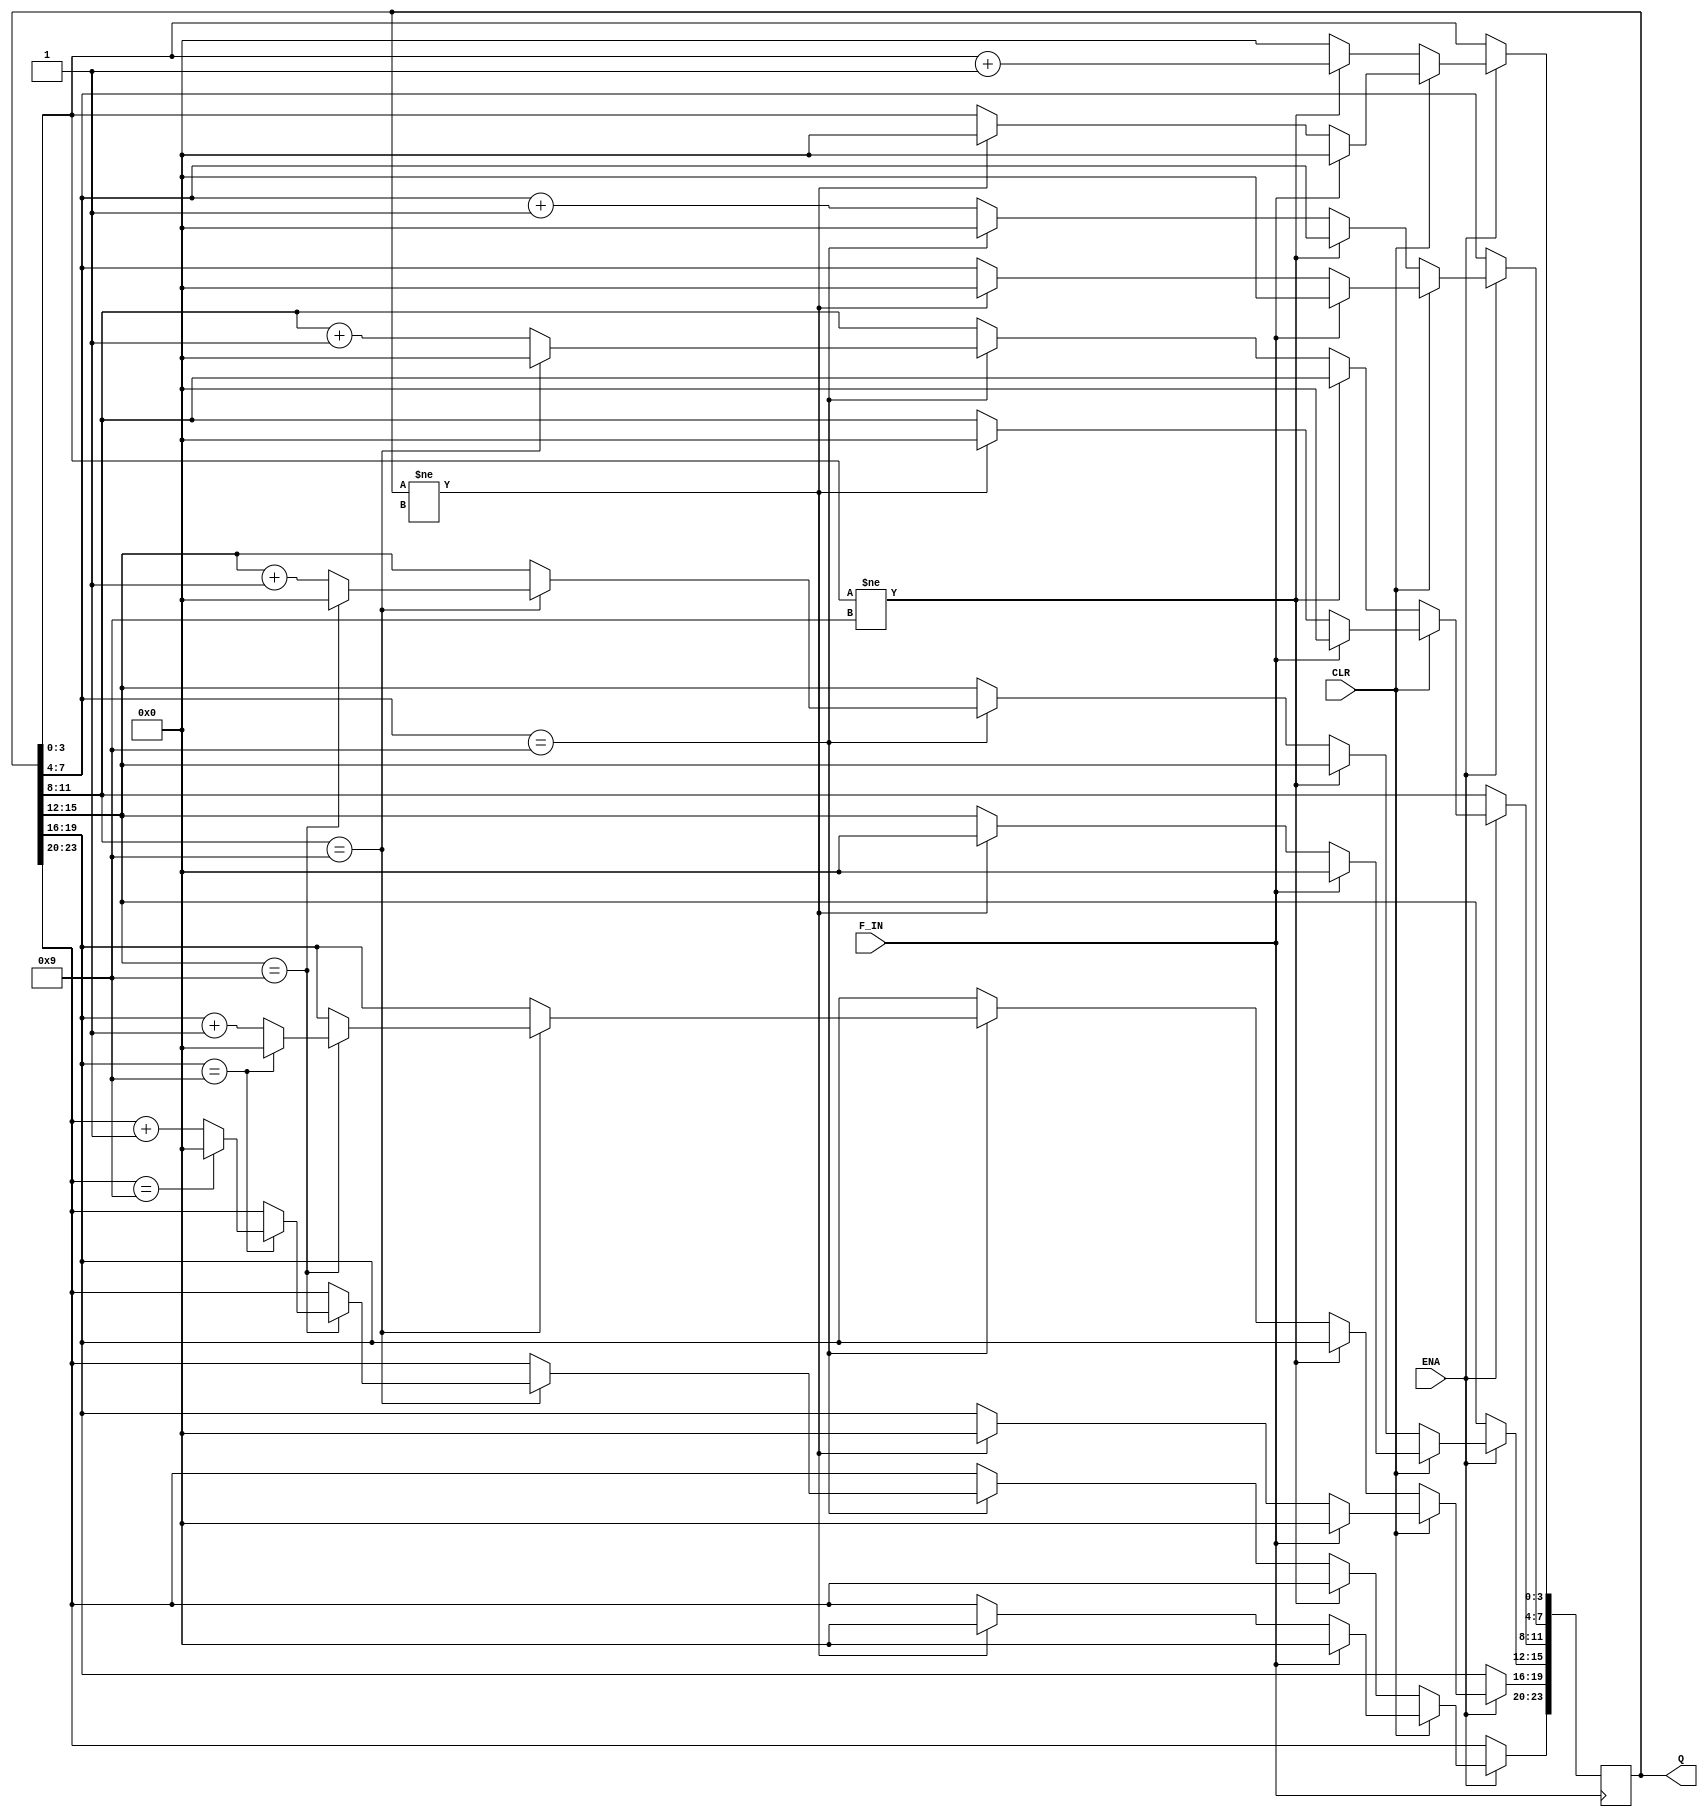
module counter6bit_test(ENA,CLR,F_IN,Q);
    input ENA;
    input CLR;
    input F_IN;
    output [23:0] Q;  
    
   
    reg [23:0] Q;
    reg F_OUT;
    


		

always@(posedge F_IN)
if(ENA)begin
if(CLR)begin
if(Q!=24'bxxxxxxxxxxxxxxxxxxxxxxxx) Q<=0;
if(F_IN) Q<=0;
end
else begin
      if(Q[3:0] != 4'd9)
                Q[3:0] <= Q[3:0]+1;
        else begin
          Q[7:4] <= Q[7:4]+1;
        Q[3:0] <= 0;
                if(Q[7:4] == 4'd9)begin
                    Q[7:4] <= 0;
                    Q[11:8] <= Q[11:8]+1;
                    if(Q[11:8] == 4'd9)begin
                        Q[11:8] <= 0;
                        Q[15:12] <= Q[15:12]+1;
                        if(Q[15:12] == 4'd9)begin
                            Q[15:12] <= 0;
                            Q[19:16] <= Q[19:16]+1;
                            if(Q[19:16] == 4'd9)begin 
                                Q[19:16]<=0;
                                Q[23:20]<= Q[23:20]+1;
                                if(Q[23:20] == 4'd9)begin 
                                    Q<=0;
       
                             end                        
                        end
                    end
                end
            end
        end
   end
end
		

  endmodule